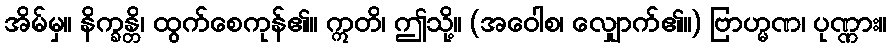
အိမ်မှ။ နိက္ခန္တိ၊ ထွက်စေကုန်၏။ ဣတိ၊ ဤသို့။ (အဝေါစ၊ လျှောက်၏။) ဗြာဟ္မဏ၊ ပုဏ္ဏား။